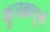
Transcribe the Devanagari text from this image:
कुचक्रपूर्ण